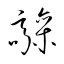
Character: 髞